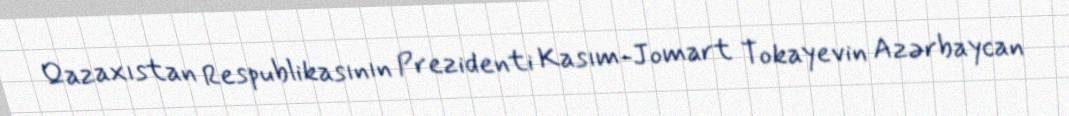
Qazaxıstan Respublikasının Prezidenti Kasım-Jomart Tokayevin Azərbaycan